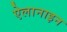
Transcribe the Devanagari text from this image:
ऐलानाइन